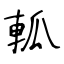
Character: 軱